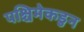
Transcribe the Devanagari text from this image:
पश्चिमेकडुन